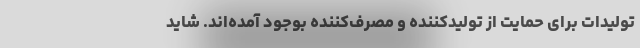
تولیدات برای حمایت از تولیدکننده و مصرف‌کننده بوجود آمده‌اند. شاید